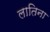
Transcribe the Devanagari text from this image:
लातिना